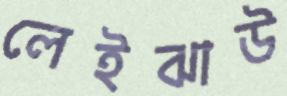
লেইঝাউ